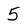
Character: 5